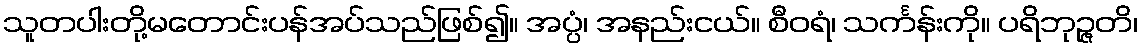
သူတပါးတို့မတောင်းပန်အပ်သည်ဖြစ်၍။ အပ္ပံ၊ အနည်းငယ်။ စီဝရံ၊ သင်္ကန်းကို။ ပရိဘုဉ္ဇတိ၊